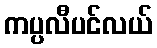
ကပ္ပလီပင်လယ်